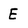
Character: E